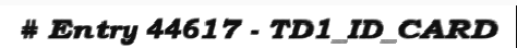
# Entry 44617 - TD1_ID_CARD